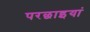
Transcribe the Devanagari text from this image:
परछाइयां